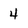
Character: 4